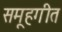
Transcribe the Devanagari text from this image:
समूहगीत